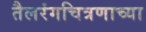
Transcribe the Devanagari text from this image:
तैलरंगचित्रणाच्या